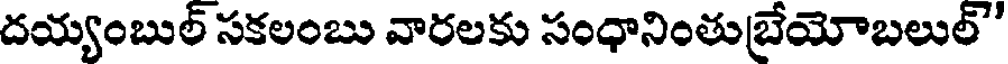
దయ్యంబుల్ సకలంబు వారలకు సంధానింతుబేయోబలుల్'